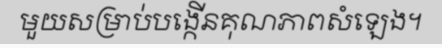
មួយសម្រាប់បង្កើនគុណភាពសំឡេង។